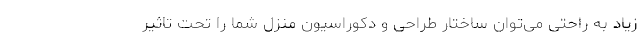
زیاد به راحتی می­توان ساختار طراحی و دکوراسیون منزل شما را تحت تاثیر